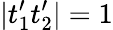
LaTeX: |t_{1}^{\prime}t_{2}^{\prime}|=1